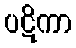
ပဋိကာ